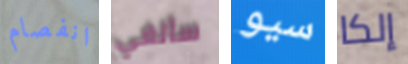
انفصام سألغي سيو إلكا